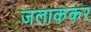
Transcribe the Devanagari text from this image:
जलाककर